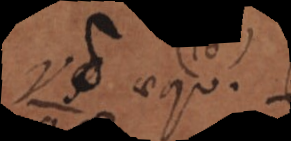
λυ aequ.